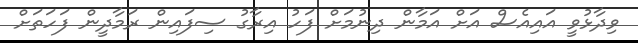
ވިދާޅުވީ އައިއެސް އަށް އަމާން ދިނުމަށް ފަހު އިރާގު ސިފައިން ރަމާދީން ފަހަތަށް